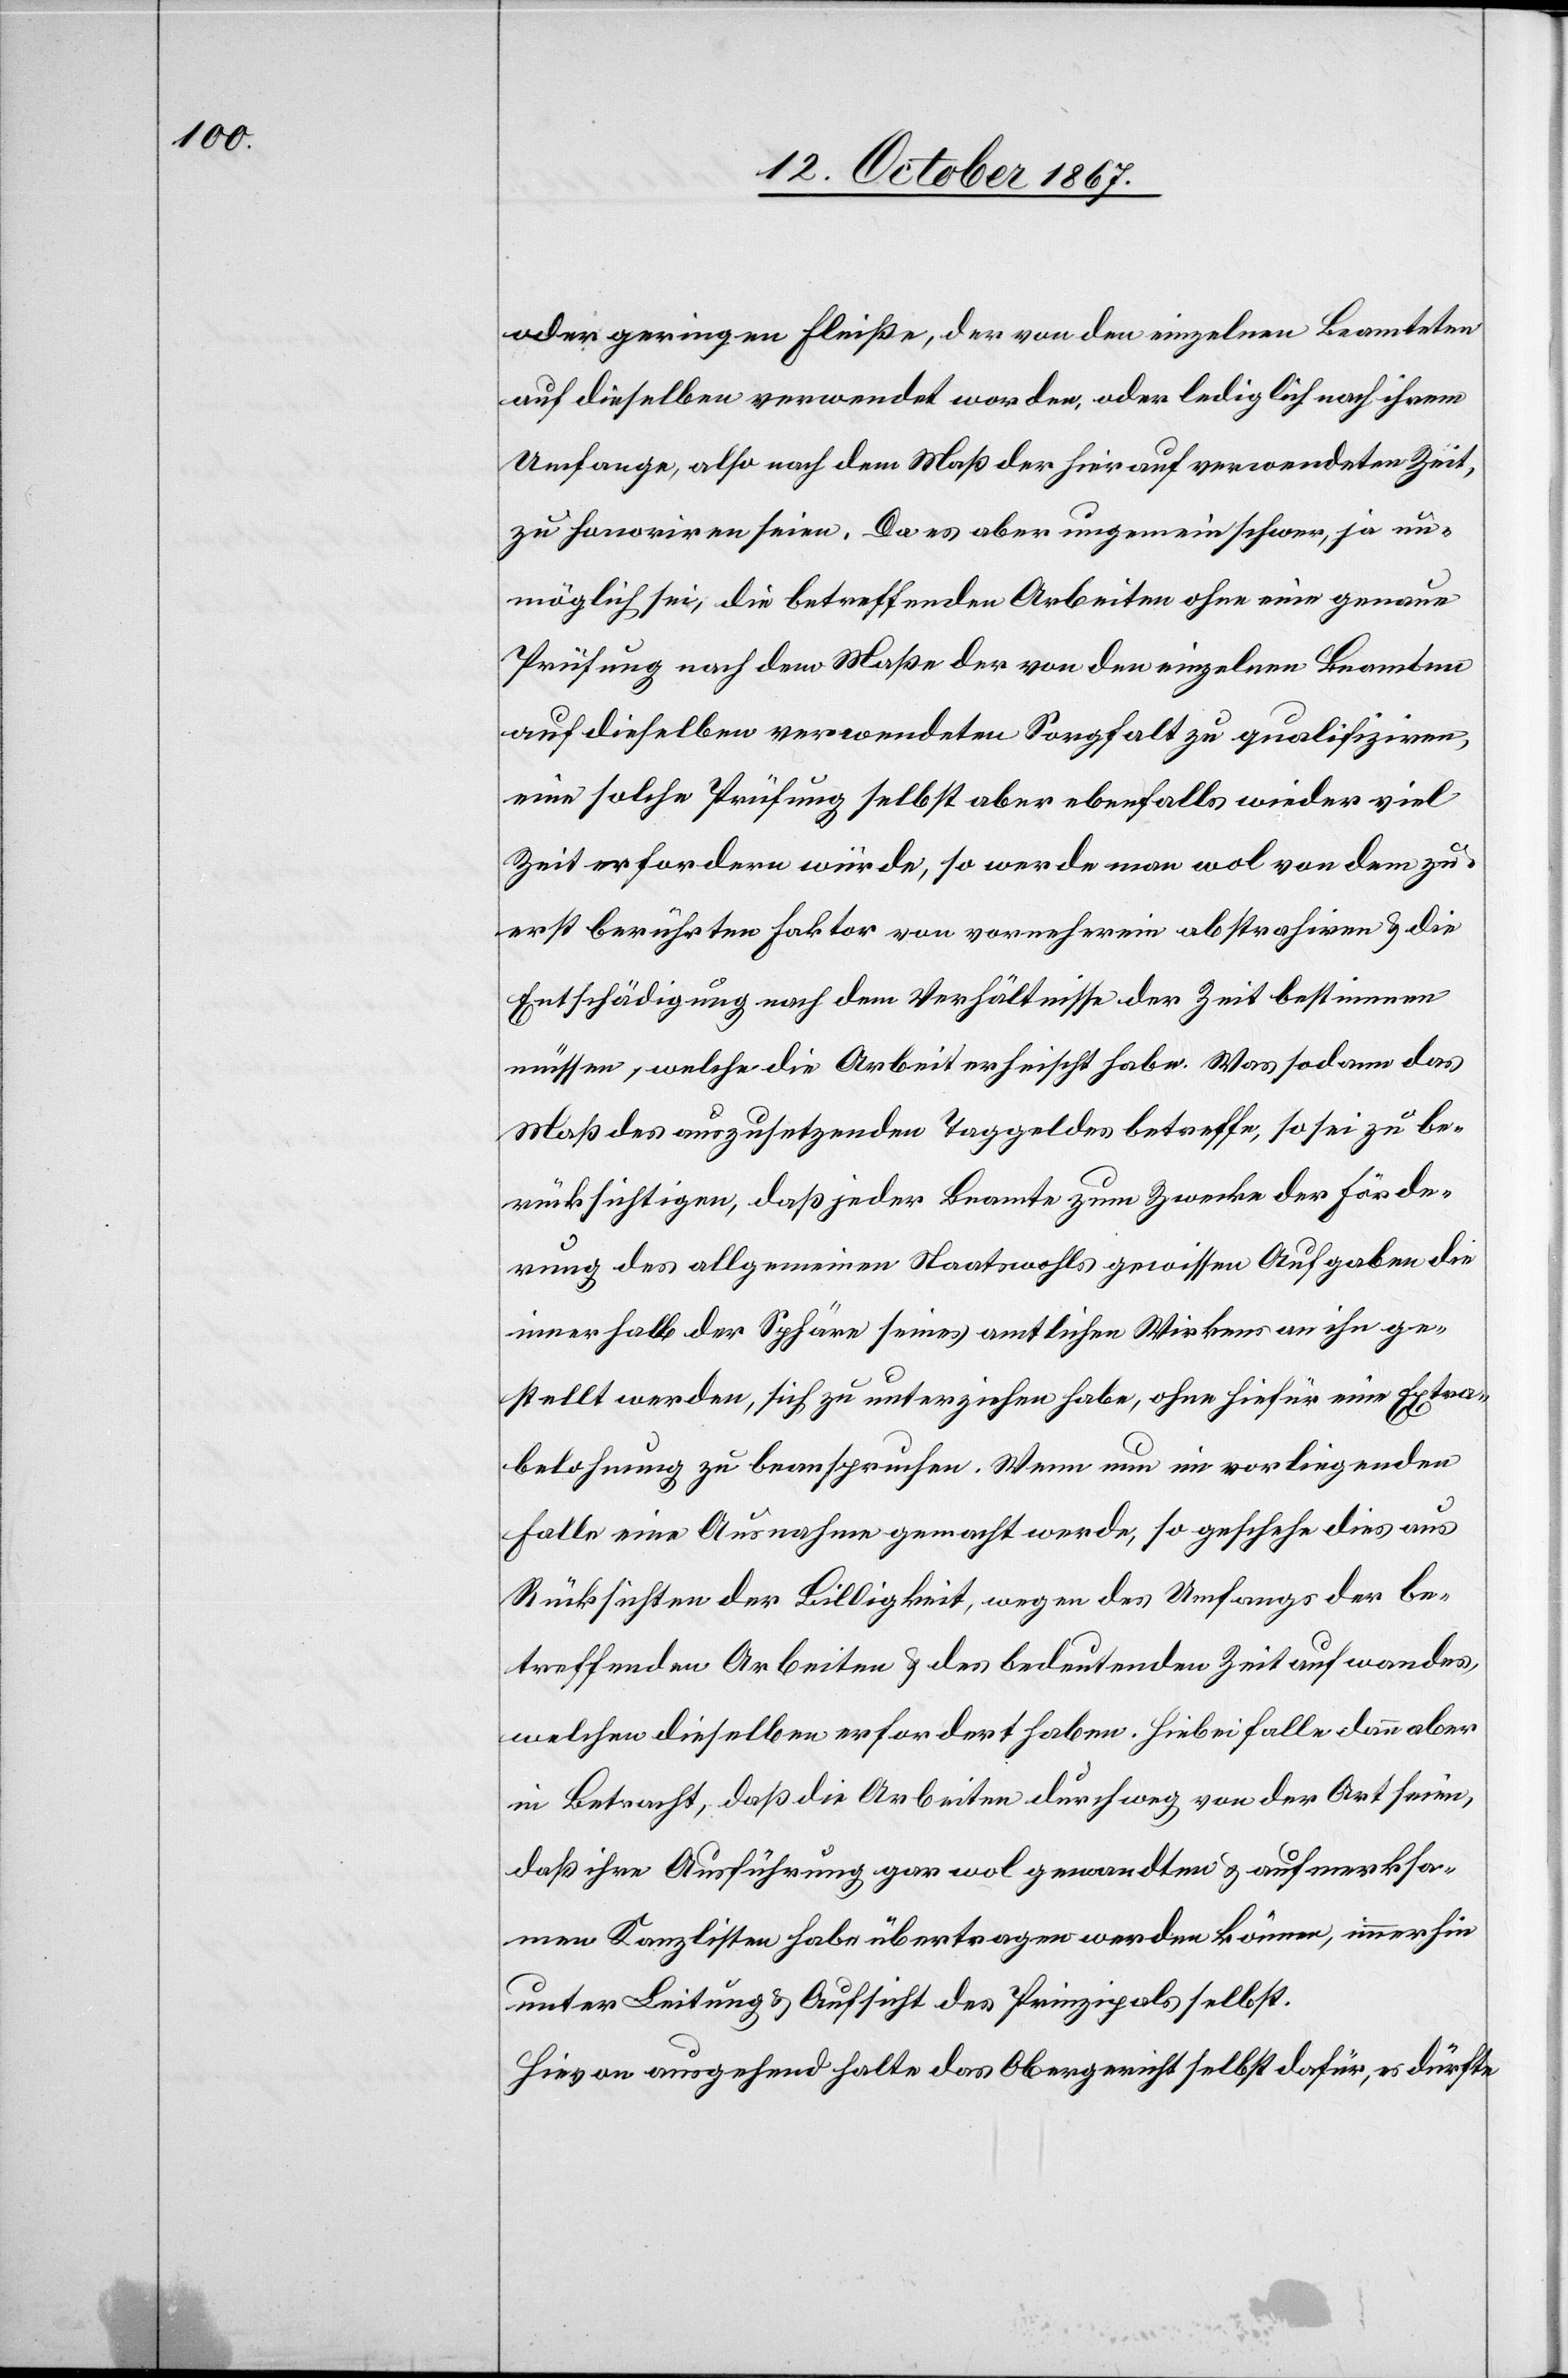
oder geringen Fleiße, der von den einzelnen Beamteten
auf dieselben verwendet worden, oder lediglich nach ihrem
Umfange, also nach dem Maß der hierauf verwendeten Zeit,
zu honoriren seien. Da es aber ungemein schwer, ja un¬
möglich sei, die betreffenden Arbeiten ohne eine genaue
Prüfung nach dem Maße der von den einzelnen Beamten
auf dieselben verwendeten Sorgfalt zu qualifiziren,
eine solche Prüfung selbst aber ebenfalls wieder viel
Zeit erfordern würde, so werde man wol von dem zu¬
erst berührten Faktor von vornherein abstrahiren u. die
Entschädigung nach dem Verhältnisse der Zeit bestimmen
müssen, welche die Arbeit erheischt habe. Was sodann das
Maß des auszusetzenden Taggeldes betreffe, so sei zu be¬
rücksichtigen, daß jeder Beamte zum Zwecke der Förde¬
rung des allgemeinen Staatswohls gewissen Aufgaben die
innerhalb der Sphäre seines amtlichen Wirkens an ihn ge¬
stellt werden, sich zu unterziehen habe, ohne hiefür eine Extra¬
belohnung zu beanspruchen. Wenn nun im vorliegenden
Falle eine Ausnahme gemacht werde, so geschehe dies aus
Rücksichten der Billigkeit, wegen des Umfangs der be¬
treffenden Arbeiten u. des bedeutenden Zeitaufwandes,
welchen dieselben erfordert haben. Hiebei falle dann aber
in Betracht, daß die Arbeiten durchweg von der Art seien,
daß ihre Ausführung gar wol gewandten u. aufmerksa¬
men Kanzlisten habe übertragen werden können, immerhin
unter Leitung u. Aufsicht des Prinzipals selbst.
Hievon ausgehend halte das Obergericht selbst dafür, es dürfte